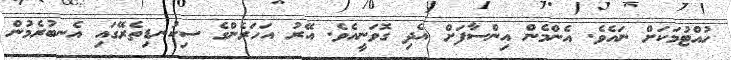
ހުއްޓުމަކަށް ނައެވެ. އެންމެން އިންސާފަށް އެދި ގޮވަނީއެވެ. އޭރު އަހަރެންގެ ސިކުނޑިތެރޭގައި އެނބުރެމުން